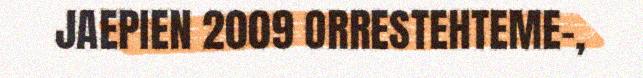
JAEPIEN 2009 ORRESTEHTEME-,